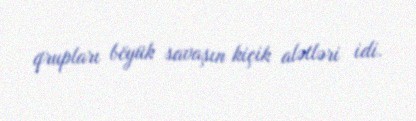
qrupları böyük savaşın kiçik alətləri idi.